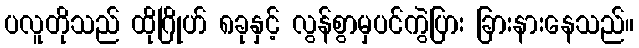
ပလူတိုသည် ထိုဂြိုဟ် ၈ခုနှင့် လွန်စွာမှပင်ကွဲပြား ခြားနားနေသည်။